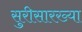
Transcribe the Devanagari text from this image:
सुरीसारख्या